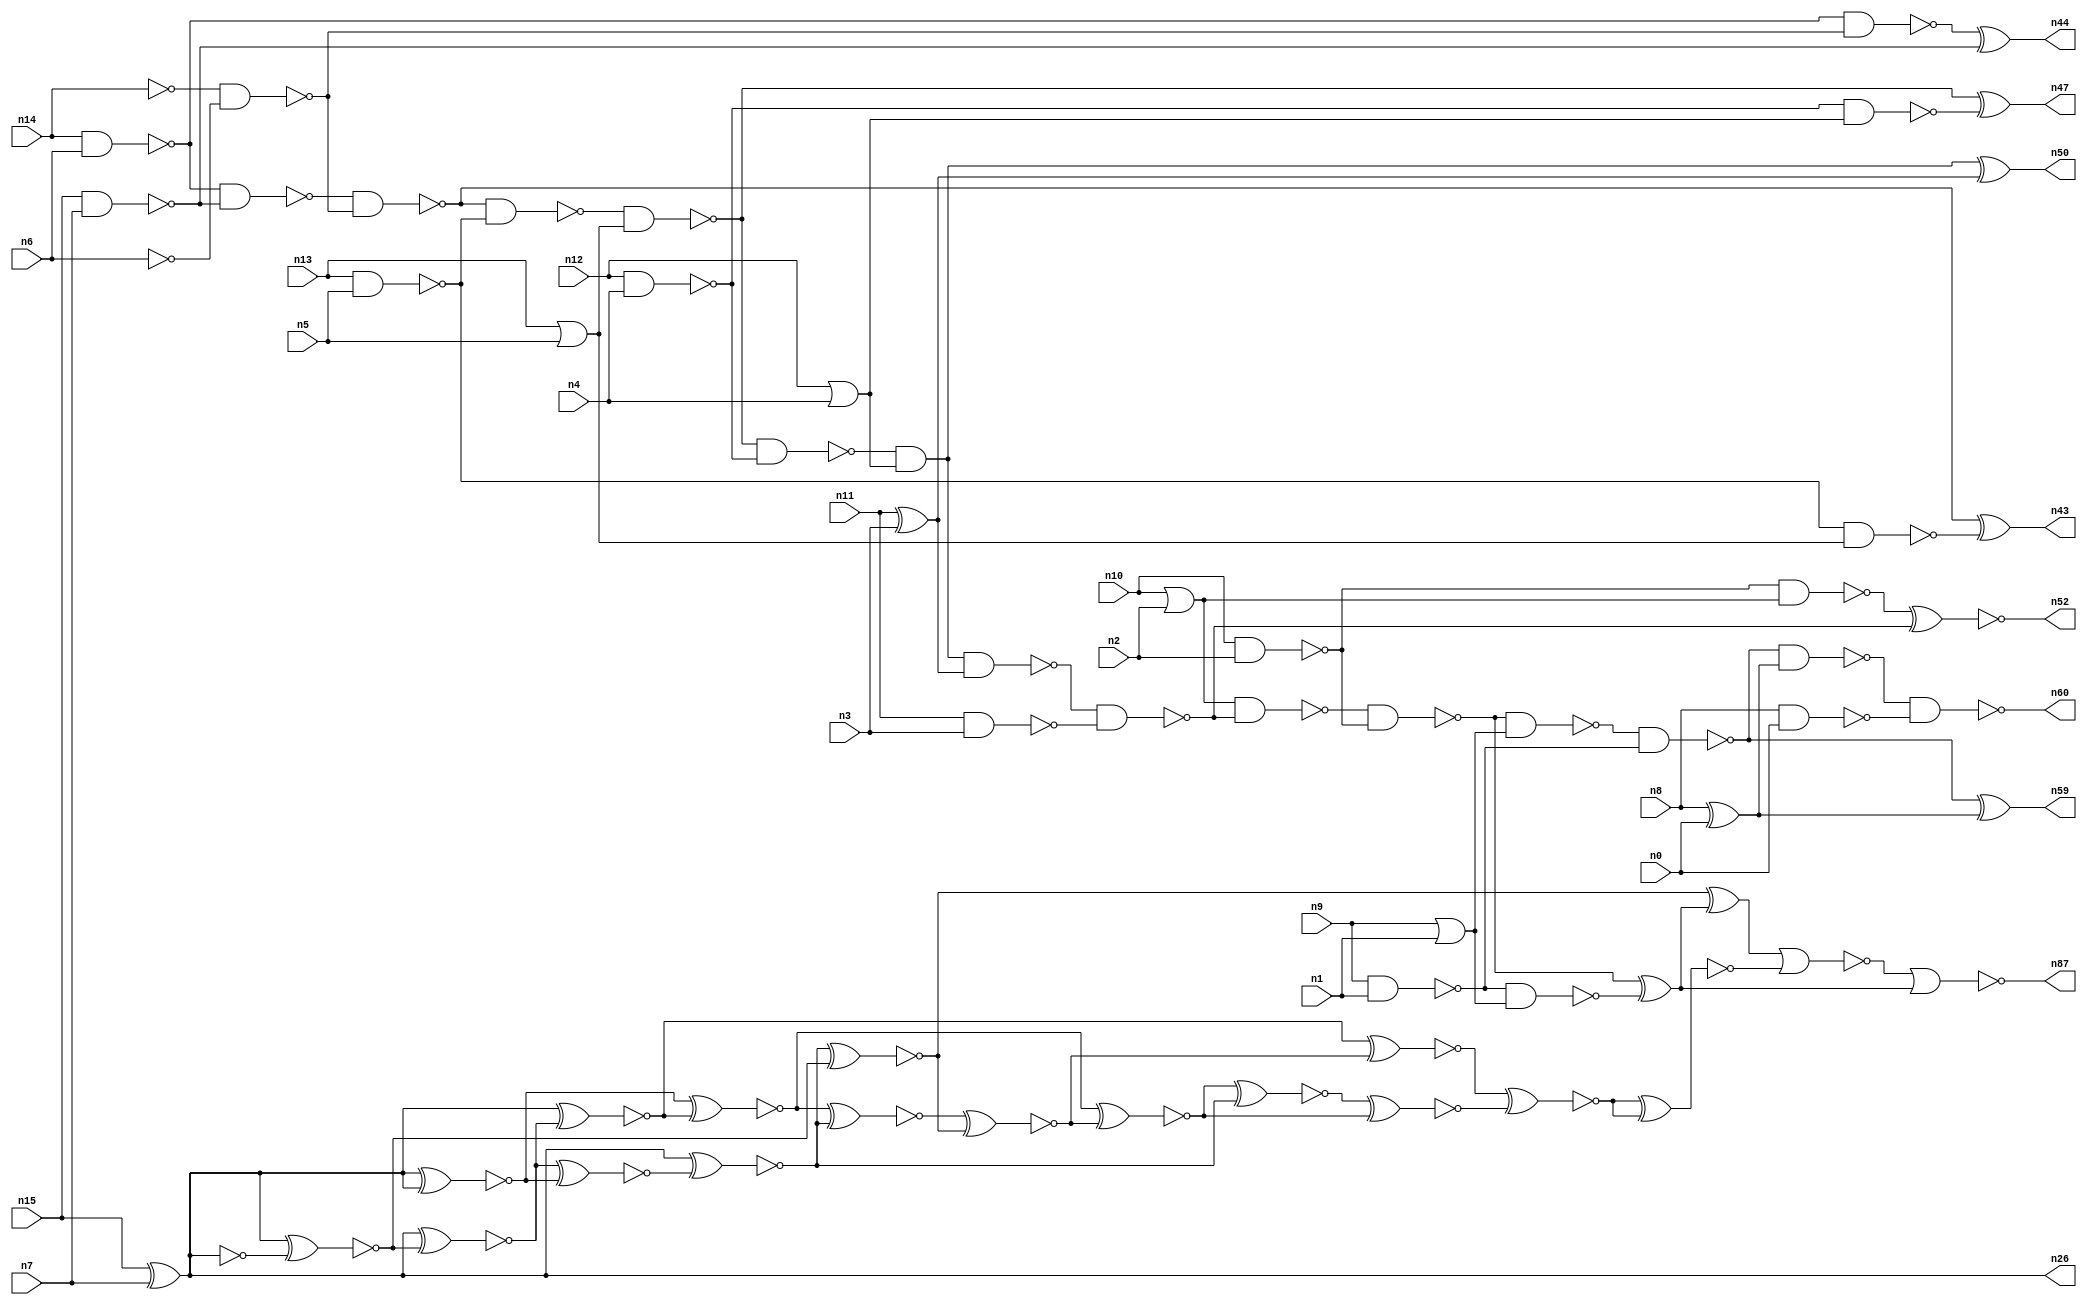
// This file contains a pareto-optimal circuit with respect to area and the fault-resilince parameter p_fault which is defined as:
// "For all input vectors, the ratio of the no. of faults observable at the POs to the no. of total possible faults in the circuit".
// This code is part of the ReCkt library (https://github.com/umar-afzaal/ReCkt) distributed under The MIT License.
// When used, please cite the following article(s):
// U. Afzaal, A.S. Hassan, M. Usman and J.A. Lee, "On the Evolutionary Synthesis of Increased Fault-resilience Arithmetic Circuits".

// p_fault = 66.3 %    (Lower is better)
// gates = 67.0
// levels = 16
// area = 88.87    (For MCNC library relative to nand2)
// power = 476.0 uW    (Berkely-SIS for MCNC library @ Vdd=5V and 20 MHz clock)
// delay = 28.8 ns    (Berkely-ABC for MCNC library)
// PDP = 1.37088e-11 J

// Pin mapping:
// {n0, n1, n2, n3, n4, n5, n6, n7} = A[7:0]
// {n8, n9, n10, n11, n12, n13, n14, n15} = B[7:0]
// {n60, n59, n87, n52, n50, n47, n43, n44, n26} = O[8:0]

module addr8u_area_74 (
n0, n1, n2, n3, n4, n5, n6, n7, n8, n9, n10, n11, n12, n13, n14, n15, 
n60, n59, n87, n52, n50, n47, n43, n44, n26
);

input n0, n1, n2, n3, n4, n5, n6, n7, n8, n9, n10, n11, n12, n13, n14, n15;
output n60, n59, n87, n52, n50, n47, n43, n44, n26;
wire n30, n69, n61, n46, n68, n18, n45, n56, n37, n80, n53, n40, n62, n25, n85, n67, n22, n38, n39, n57, 
n70, n19, n34, n29, n72, n35, n55, n24, n63, n75, n49, n74, n17, n65, n42, n51, n82, n78, n36, n20, 
n23, n83, n16, n66, n48, n21, n41, n54, n27, n33, n28, n58, n71, n73, n31, n84, n32, n64;

nand (n16, n13, n5);
not (n17, n14);
or (n18, n12, n4);
nand (n19, n10, n2);
nand (n20, n15, n7);
or (n21, n10, n2);
not (n22, n6);
xor (n23, n8, n0);
or (n24, n13, n5);
nand (n25, n14, n6);
xor (n26, n15, n7);
nand (n27, n12, n4);
xor (n28, n11, n3);
nor (n29, n9, n1);
nand (n30, n8, n0);
nand (n31, n9, n1);
nand (n32, n11, n3);
nand (n33, n27, n18);
not (n34, n29);
nand (n35, n16, n24);
nand (n36, n25, n20);
nand (n37, n17, n22);
nand (n38, n19, n21);
nand (n39, n36, n37);
nand (n40, n25, n37);
nand (n41, n31, n34);
nand (n42, n39, n16);
xor (n43, n39, n35);
xor (n44, n40, n20);
nand (n45, n42, n24);
nand (n46, n45, n27);
xor (n47, n45, n33);
and (n48, n46, n18);
nand (n49, n48, n28);
xor (n50, n48, n28);
nand (n51, n49, n32);
xnor (n52, n38, n51);
nand (n53, n21, n51);
nand (n54, n53, n19);
xnor (n55, n54, n41);
nand (n56, n54, n34);
nand (n57, n56, n31);
nand (n58, n57, n23);
xor (n59, n57, n23);
nand (n60, n58, n30);
nand (n61, n26, n26);
xnor (n62, n26, n26);
xnor (n63, n26, n61);
xnor (n64, n26, n63);
xnor (n65, n64, n62);
xnor (n66, n26, n64);
xnor (n67, n26, n65);
xnor (n68, n62, n66);
nand (n69, n55, n55);
xnor (n70, n67, n63);
xnor (n71, n26, n65);
xnor (n72, n68, n71);
xnor (n73, n72, n70);
xnor (n74, n68, n73);
xor (n75, n70, n69);
xnor (n78, n74, n71);
xnor (n80, n66, n73);
xnor (n82, n78, n74);
xnor (n83, n80, n82);
xnor (n84, n83, n83);
nor (n85, n75, n84);
nor (n87, n85, n69);

endmodule